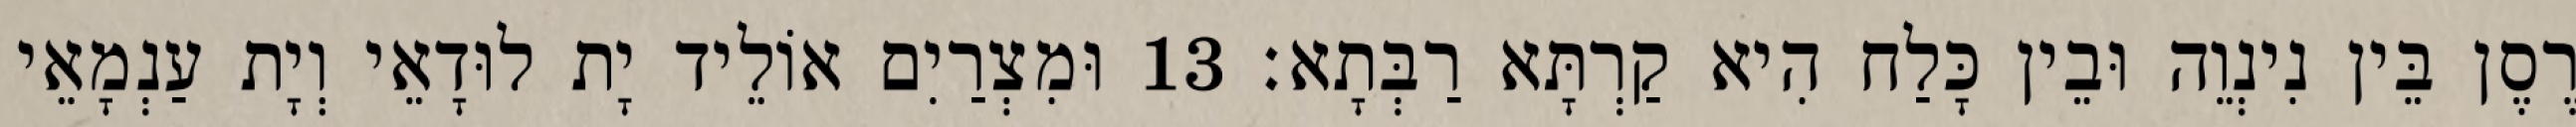
רֶסֶן בֵּין נִינְוֵה וּבֵין כָּלַח הִיא קַרְתָּא רַבְּתָא׃ 13 וּמִצְרַיִם אוֹלֵיד יָת לוּדָאֵי וְיָת עַנְמָאֵי